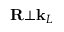
\mathbf { R } \bot \mathbf { k } _ { L }